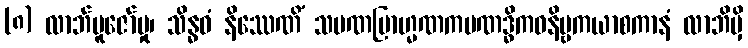
(၈) လာဘ်ပူဇော်မှု၊ သိန္ဓဝံ နိဿေဏိံ သမဏဗြာဟ္မဏကပဏဒ္ဓိကဝနိဗ္ဗကယာစကာနံ လာဘိမှိ